Statistical return of the lunatic asylum in Assam - 1912-1932
Year: 1912
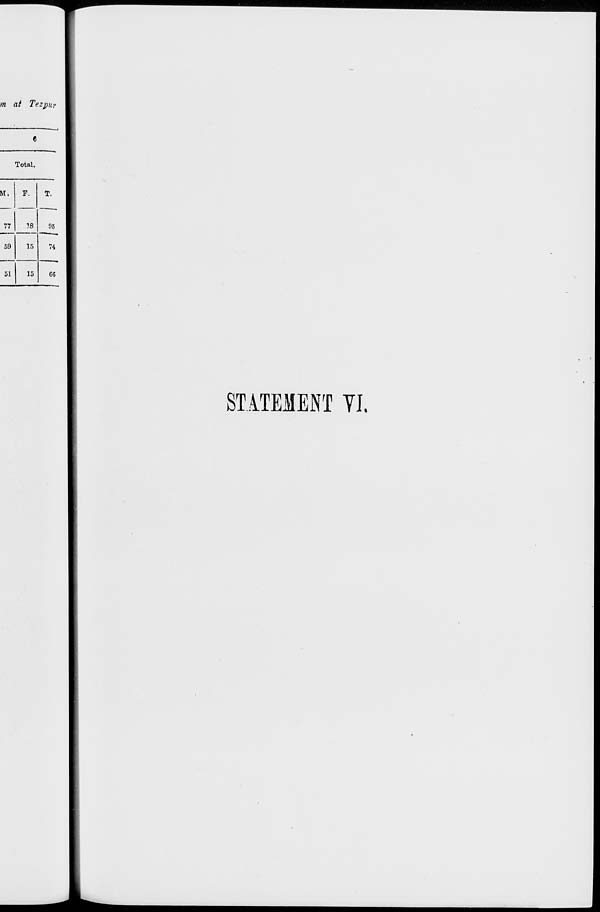
m at Tezpur
6
Total.
M.
F.
T.
77
?8
95
™ i
^—— "' »
59
15
74
51
15
C6
STATEMENT YI.